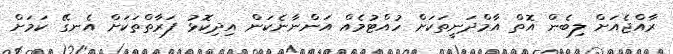
ރާއްޖެއަށް ލިބެން އޮތް އާމްދަނީތަކަށް ހުއްޓުމެއް އަންނާނެކަން އިދިކޮޅު ފަރާތްތަކަށް އެނގޭ ކަމަށް